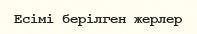
Есімі берілген жерлер